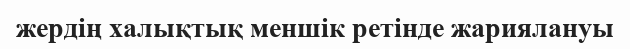
жердің халықтық меншік ретінде жариялануы